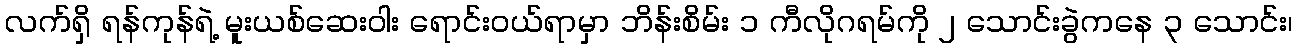
လက်ရှိ ရန်ကုန်ရဲ့ မူးယစ်ဆေးဝါး ရောင်းဝယ်ရာမှာ ဘိန်းစိမ်း ၁ ကီလိုဂရမ်ကို ၂ သောင်းခွဲကနေ ၃ သောင်း၊